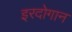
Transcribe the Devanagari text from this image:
इरदोगान